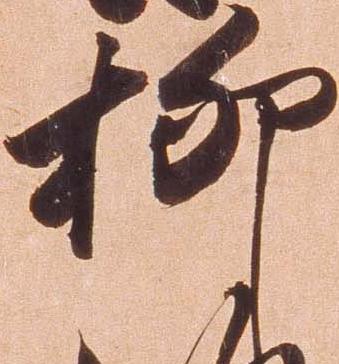
柳